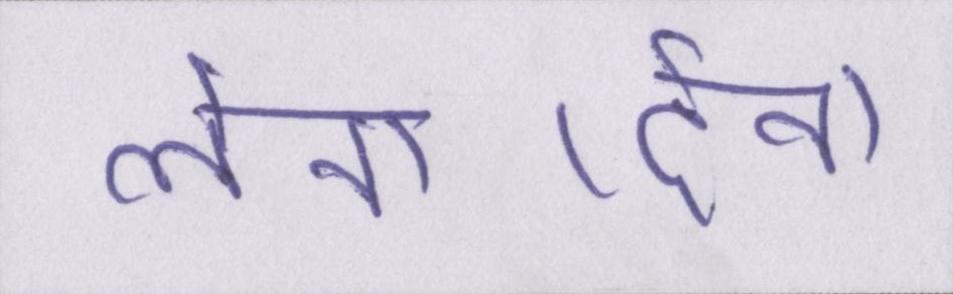
लेना-देना